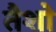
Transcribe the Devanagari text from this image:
तैशो